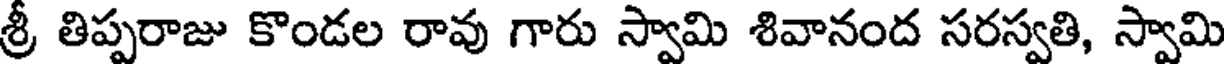
శ్రీ తిప్పరాజు కొండల రావు గారు స్వామి శివానంద సరస్వతి, స్వామి